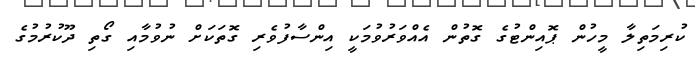
ކުރިމަތިލާ މީހުން ޕޮއިންޓުގެ ގޮތުން އެއްވަރުވުމަކީ އިންސާފުވެރި ގޮތަކަށް ނުވުމާއި ގޯތި ދޫކުރުމުގެ